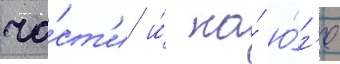
ча́ст'и и́ на́ ю́г'е